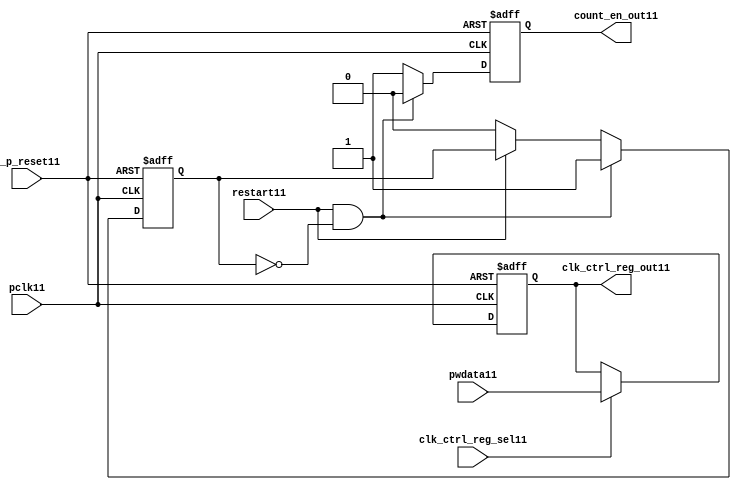
//File11 name   : ttc_count_rst_lite11.v
//Title11       : 
//Created11     : 1999
//Description11 : TTC11 counter reset block
//Notes11       : 
//----------------------------------------------------------------------
//   Copyright11 1999-2010 Cadence11 Design11 Systems11, Inc11.
//   All Rights11 Reserved11 Worldwide11
//
//   Licensed11 under the Apache11 License11, Version11 2.0 (the
//   "License11"); you may not use this file except11 in
//   compliance11 with the License11.  You may obtain11 a copy of
//   the License11 at
//
//       http11://www11.apache11.org11/licenses11/LICENSE11-2.0
//
//   Unless11 required11 by applicable11 law11 or agreed11 to in
//   writing, software11 distributed11 under the License11 is
//   distributed11 on an "AS11 IS11" BASIS11, WITHOUT11 WARRANTIES11 OR11
//   CONDITIONS11 OF11 ANY11 KIND11, either11 express11 or implied11.  See
//   the License11 for the specific11 language11 governing11
//   permissions11 and limitations11 under the License11.
//----------------------------------------------------------------------

module ttc_count_rst_lite11(

  //inputs11
  n_p_reset11,                             
  pclk11, 
  pwdata11,                                                           
  clk_ctrl_reg_sel11,
  restart11,        

  //outputs11
  count_en_out11,
  clk_ctrl_reg_out11

  );


//-----------------------------------------------------------------------------
// PORT DECLARATIONS11
//-----------------------------------------------------------------------------

   // inputs11
   input n_p_reset11;                 // Reset11 signal11
   input pclk11;                    // APB11 System11 clock11
   input [6:0] pwdata11;           // 7-Bit11 pwdata11 from APB11 interface
   input clk_ctrl_reg_sel11;        // Select11 for the clk_ctrl_reg11
   input restart11;                 // Restart11 reset from cntr_ctrl_reg11

   // outputs11
   output count_en_out11;
   output [6:0] clk_ctrl_reg_out11; // Controls11 clock11 selected


//-----------------------------------------------------------------------------
// Internal Signals11 & Registers11
//-----------------------------------------------------------------------------


   
   reg [6:0]    clk_ctrl_reg11;     //7-bit clock11 control11 register.
   
   reg          restart_var11;      //ensures11 prescaler11 reset at start of restart11 
   
   reg          count_en11;         //enable signal11 to counter

   
   wire [6:0]   clk_ctrl_reg_out11; //clock11 control11 output wire
   wire         count_en_out11;     //counter enable output
   
   
//-----------------------------------------------------------------------------
// Logic11 Section11:


//
//    p_clk_ctrl11: Process11 to implement the clk_ctrl_reg11.  
//                When11 select11 line is set then11 the data will be inserted11 to 
//                the clock11 control11 register, otherwise11 it will be equal11 to 
//                the previous value of the register, else it will be zero.
//-----------------------------------------------------------------------------

   assign clk_ctrl_reg_out11  = clk_ctrl_reg11;
   assign count_en_out11      = count_en11;


//    p_ps_counter11: counter for clock11 enable generation11.
   
   always @(posedge pclk11 or negedge n_p_reset11)
   begin: p_ps_counter11
      
      if (!n_p_reset11)
      begin
         restart_var11  <= 1'b0;
         count_en11     <= 1'b0;
      end
      else
      begin
         if (restart11 & ~restart_var11)
         begin
            restart_var11  <= 1'b1;
            count_en11     <= 1'b0;
         end 
         
         else 
           begin
              
              if (~restart11)
                 restart_var11 <= 1'b0;
              else
                 restart_var11 <= restart_var11;
                 
              count_en11     <= 1'b1;        
              
           end
      end // else: !if(!n_p_reset11)      
  
   end  //p_ps_counter11



// p_clk_ctrl11 : Process11 for writing to the clk_ctrl_reg11
   
   always @ (posedge pclk11 or negedge n_p_reset11)
   begin: p_clk_ctrl11
      
      if (!n_p_reset11)
         clk_ctrl_reg11 <= 7'h00;
      else
      begin 

         if (clk_ctrl_reg_sel11)
            clk_ctrl_reg11 <= pwdata11;
         else
            clk_ctrl_reg11 <= clk_ctrl_reg11;

      end 
      
   end  //p_clk_ctrl11

   
endmodule